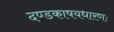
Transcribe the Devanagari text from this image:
दण्डकाषयधारणः